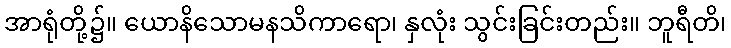
အာရုံတို့၌။ ယောနိသောမနသိကာရော၊ နှလုံး သွင်းခြင်းတည်း။ ဘူရီတိ၊